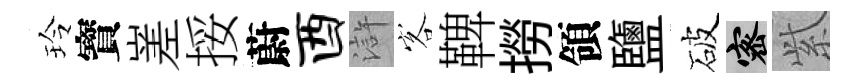
玲寳嵳挼蔚酉滸客鞞撈領鹽破密𬗋